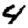
Digit: 4